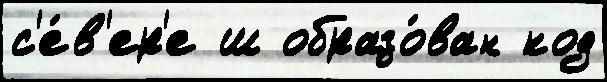
с'е́в'ер'е ш образо́ван код